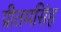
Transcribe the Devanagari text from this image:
प्रीतमसिंह